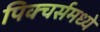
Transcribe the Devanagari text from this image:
पिक्‍चर्समध्ये